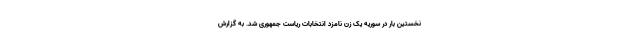
نخستین بار در سوریه یک زن نامزد انتخابات ریاست جمهوری شد. به گزارش